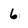
Character: 6